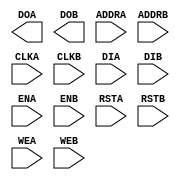
// $Header: /devl/xcs/repo/env/Databases/CAEInterfaces/xec_libs/data/unisims/ramb4_s2_s8_int.v,v 1.1 2005/05/10 01:20:09 wloo Exp $

/*

FUNCTION	: 4x2x8 Block RAM with synchronous write capability

*/

`celldefine
`timescale  100 ps / 10 ps

module ramb4_s2_s8_int (DOA, DOB, ADDRA, ADDRB, CLKA, CLKB, DIA, DIB, ENA, ENB, RSTA, RSTB, WEA, WEB);

    parameter INIT_00 = 256'h0000000000000000000000000000000000000000000000000000000000000000;
    parameter INIT_01 = 256'h0000000000000000000000000000000000000000000000000000000000000000;
    parameter INIT_02 = 256'h0000000000000000000000000000000000000000000000000000000000000000;
    parameter INIT_03 = 256'h0000000000000000000000000000000000000000000000000000000000000000;
    parameter INIT_04 = 256'h0000000000000000000000000000000000000000000000000000000000000000;
    parameter INIT_05 = 256'h0000000000000000000000000000000000000000000000000000000000000000;
    parameter INIT_06 = 256'h0000000000000000000000000000000000000000000000000000000000000000;
    parameter INIT_07 = 256'h0000000000000000000000000000000000000000000000000000000000000000;
    parameter INIT_08 = 256'h0000000000000000000000000000000000000000000000000000000000000000;
    parameter INIT_09 = 256'h0000000000000000000000000000000000000000000000000000000000000000;
    parameter INIT_0A = 256'h0000000000000000000000000000000000000000000000000000000000000000;
    parameter INIT_0B = 256'h0000000000000000000000000000000000000000000000000000000000000000;
    parameter INIT_0C = 256'h0000000000000000000000000000000000000000000000000000000000000000;
    parameter INIT_0D = 256'h0000000000000000000000000000000000000000000000000000000000000000;
    parameter INIT_0E = 256'h0000000000000000000000000000000000000000000000000000000000000000;
    parameter INIT_0F = 256'h0000000000000000000000000000000000000000000000000000000000000000;

    output [1:0] DOA;
    reg [1:0] DOA;

    input [10:0] ADDRA;
    input [1:0] DIA;
    input ENA, CLKA, WEA, RSTA;

    output [7:0] DOB;
    reg [7:0] DOB;

    input [8:0] ADDRB;
    input [7:0] DIB;
    input ENB, CLKB, WEB, RSTB;

// synopsys translate_off
    reg [4095:0] mem;
    reg [8:0] count;

    initial begin
	for (count = 0; count < 256; count = count + 1) begin
	    mem[count]		  <= INIT_00[count];
	    mem[256 * 1 + count]  <= INIT_01[count];
	    mem[256 * 2 + count]  <= INIT_02[count];
	    mem[256 * 3 + count]  <= INIT_03[count];
	    mem[256 * 4 + count]  <= INIT_04[count];
	    mem[256 * 5 + count]  <= INIT_05[count];
	    mem[256 * 6 + count]  <= INIT_06[count];
	    mem[256 * 7 + count]  <= INIT_07[count];
	    mem[256 * 8 + count]  <= INIT_08[count];
	    mem[256 * 9 + count]  <= INIT_09[count];
	    mem[256 * 10 + count] <= INIT_0A[count];
	    mem[256 * 11 + count] <= INIT_0B[count];
	    mem[256 * 12 + count] <= INIT_0C[count];
	    mem[256 * 13 + count] <= INIT_0D[count];
	    mem[256 * 14 + count] <= INIT_0E[count];
	    mem[256 * 15 + count] <= INIT_0F[count];
	end
    end

    always @(posedge CLKA) begin
	if (ENA == 1'b1) begin
	    if (RSTA == 1'b1) begin
		DOA[0] <= 0;
		DOA[1] <= 0;
	    end
	    else if (WEA == 0) begin
		DOA[0] <= mem[ADDRA * 2 + 0];
		DOA[1] <= mem[ADDRA * 2 + 1];
	    end
	    else begin
		DOA[0] <= DIA[0];
		DOA[1] <= DIA[1];
	    end
	end
    end

    always @(posedge CLKA) begin
	if (ENA == 1'b1 && WEA == 1'b1) begin
	    mem[ADDRA * 2 + 0] <= DIA[0];
	    mem[ADDRA * 2 + 1] <= DIA[1];
	end
    end

    always @(posedge CLKB) begin
	if (ENB == 1'b1) begin
	    if (RSTB == 1'b1) begin
		DOB[0] <= 0;
		DOB[1] <= 0;
		DOB[2] <= 0;
		DOB[3] <= 0;
		DOB[4] <= 0;
		DOB[5] <= 0;
		DOB[6] <= 0;
		DOB[7] <= 0;
	    end
	    else if (WEB == 0) begin
		DOB[0] <= mem[ADDRB * 8 + 0];
		DOB[1] <= mem[ADDRB * 8 + 1];
		DOB[2] <= mem[ADDRB * 8 + 2];
		DOB[3] <= mem[ADDRB * 8 + 3];
		DOB[4] <= mem[ADDRB * 8 + 4];
		DOB[5] <= mem[ADDRB * 8 + 5];
		DOB[6] <= mem[ADDRB * 8 + 6];
		DOB[7] <= mem[ADDRB * 8 + 7];
	    end
	    else begin
		DOB[0] <= DIB[0];
		DOB[1] <= DIB[1];
		DOB[2] <= DIB[2];
		DOB[3] <= DIB[3];
		DOB[4] <= DIB[4];
		DOB[5] <= DIB[5];
		DOB[6] <= DIB[6];
		DOB[7] <= DIB[7];
	    end
	end
    end

    always @(posedge CLKB) begin
	if (ENB == 1'b1 && WEB == 1'b1) begin
	    mem[ADDRB * 8 + 0] <= DIB[0];
	    mem[ADDRB * 8 + 1] <= DIB[1];
	    mem[ADDRB * 8 + 2] <= DIB[2];
	    mem[ADDRB * 8 + 3] <= DIB[3];
	    mem[ADDRB * 8 + 4] <= DIB[4];
	    mem[ADDRB * 8 + 5] <= DIB[5];
	    mem[ADDRB * 8 + 6] <= DIB[6];
	    mem[ADDRB * 8 + 7] <= DIB[7];
	end
    end
// synopsys translate_on

endmodule